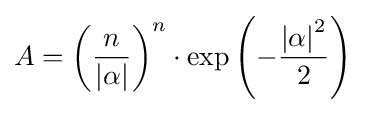
A=\left({\frac {n}{\left|\alpha \right|}}\right)^{n}\cdot \exp \left(-{\frac {\left|\alpha \right|^{2}}{2}}\right)